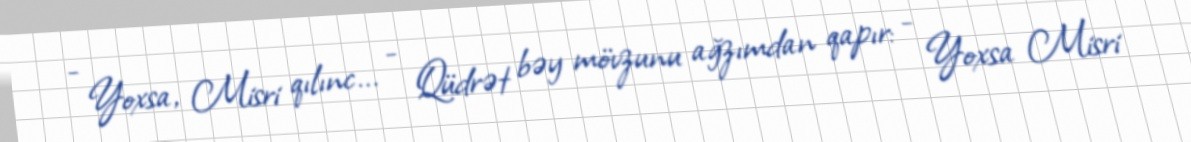
- Yoxsa, Misri qılınc... - Qüdrət bəy mövzunu ağzımdan qapır: - Yoxsa Misri